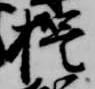
誓